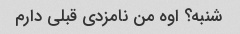
شنبه؟ اوه من نامزدی قبلی دارم